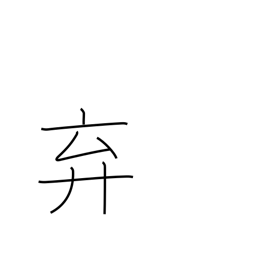
Meaning: abandon